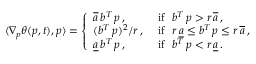
\langle \nabla _ { p } \theta ( p , t ) , p \rangle = \left\{ \begin{array} { l l } { \overline { { a } } \, b ^ { T } \, p \, , } & { \mathrm { ~ i f \ \ } b ^ { T } \, p > r \, \overline { { a } } \, , } \\ { ( b ^ { T } \, p ) ^ { 2 } / r \, , } & { \mathrm { ~ i f \ \ } r \, \underline { { a } } \le b ^ { T } \, p \le r \, \overline { { a } } \, , } \\ { \underline { { a } } \, b ^ { T } \, p \, , } & { \mathrm { ~ i f \ \ } b ^ { T } \, p < r \, \underline { { a } } \, . } \end{array} \right.